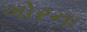
ગોરના